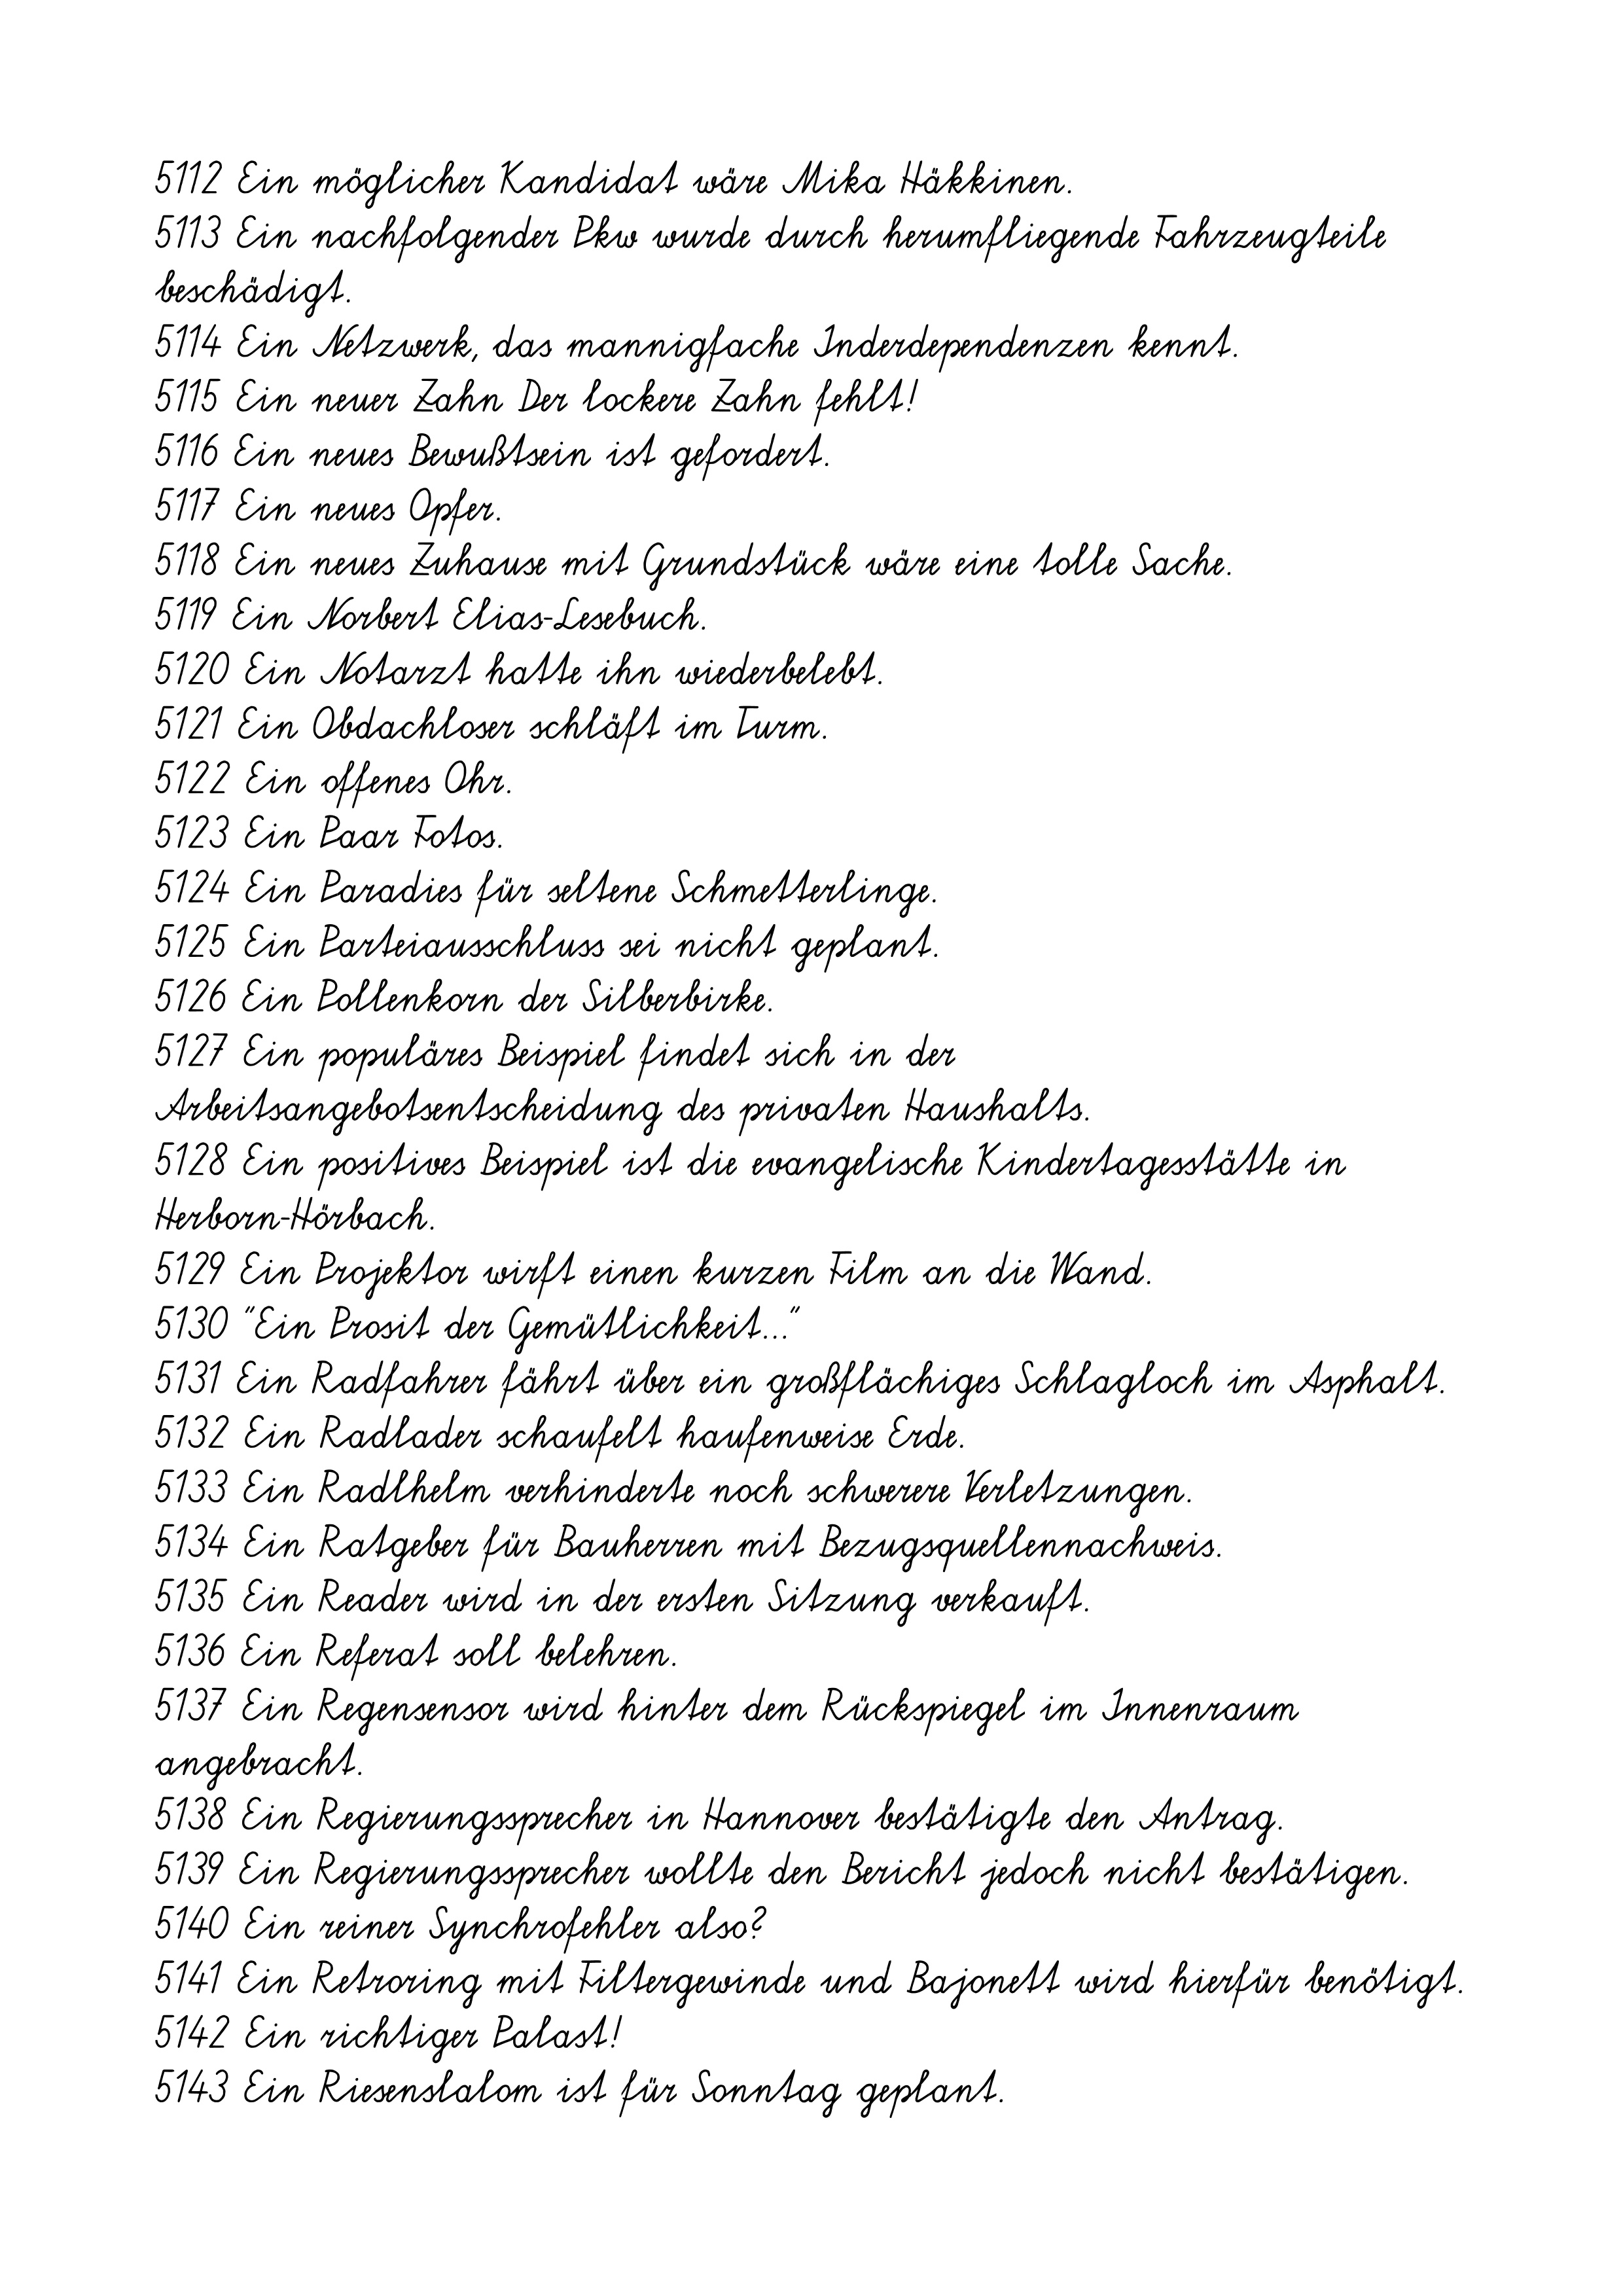
5112 Ein möglicher Kandidat wäre Mika Häkkinen.
5113 Ein nachfolgender Pkw wurde durch herumfliegende Fahrzeugteile
beschädigt.
5114 Ein Netzwerk, das mannigfache Inderdependenzen kennt.
5115 Ein neuer Zahn Der lockere Zahn fehlt!
5116 Ein neues Bewußtsein ist gefordert.
5117 Ein neues Opfer.
5118 Ein neues Zuhause mit Grundstück wäre eine tolle Sache.
5119 Ein Norbert Elias-Lesebuch.
5120 Ein Notarzt hatte ihn wiederbelebt.
5121 Ein Obdachloser schläft im Turm.
5122 Ein offenes Ohr.
5123 Ein Paar Fotos.
5124 Ein Paradies für seltene Schmetterlinge.
5125 Ein Parteiausschluss sei nicht geplant.
5126 Ein Pollenkorn der Silberbirke.
5127 Ein populäres Beispiel findet sich in der
Arbeitsangebotsentscheidung des privaten Haushalts.
5128 Ein positives Beispiel ist die evangelische Kindertagesstätte in
Herborn-Hörbach.
5129 Ein Projektor wirft einen kurzen Film an die Wand.
5130 "Ein Prosit der Gemütlichkeit..."
5131 Ein Radfahrer fährt über ein großflächiges Schlagloch im Asphalt.
5132 Ein Radlader schaufelt haufenweise Erde.
5133 Ein Radlhelm verhinderte noch schwerere Verletzungen.
5134 Ein Ratgeber für Bauherren mit Bezugsquellennachweis.
5135 Ein Reader wird in der ersten Sitzung verkauft.
5136 Ein Referat soll belehren.
5137 Ein Regensensor wird hinter dem Rückspiegel im Innenraum
angebracht.
5138 Ein Regierungssprecher in Hannover bestätigte den Antrag.
5139 Ein Regierungssprecher wollte den Bericht jedoch nicht bestätigen.
5140 Ein reiner Synchrofehler also?
5141 Ein Retroring mit Filtergewinde und Bajonett wird hierfür benötigt.
5142 Ein richtiger Palast!
5143 Ein Riesenslalom ist für Sonntag geplant.